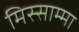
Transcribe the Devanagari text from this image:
मिस्साम्मा